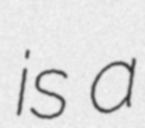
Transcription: is a